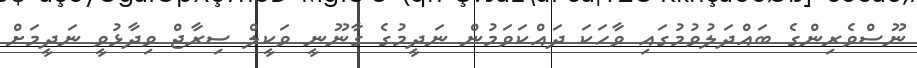
ނޫސްވެރިންގެ ބައްދަލުވުމުގައި ވާހަކަ ދައްކަވަމުން ނަދީމުގެ ގާނޫނީ ވަކީލް ސިރާޖް ވިދާޅުވީ ނަދީމަށް